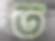
ত